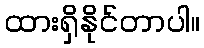
ထားရှိနိုင်တာပါ။